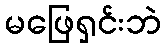
မဖြေရှင်းဘဲ